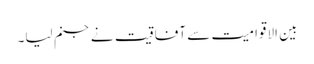
بین الاقوامیت سے آفاقیت نے جنم لیا۔